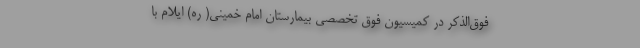
فوق‌الذکر در کمیسیون فوق تخصصی بیمارستان امام خمینی( ره) ایلام با